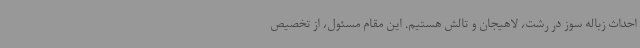
احداث زباله سوز در رشت، لاهیجان و تالش هستیم. این مقام مسئول، از تخصیص